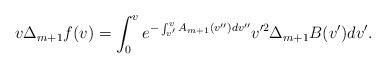
LaTeX: \begin{align*} v\Delta_{m+1}f(v)=\int_0^ve^{-\int_{v'}^vA_{m+1}(v'')dv''}v'^2\Delta_{m+1}B(v')dv'.\end{align*}